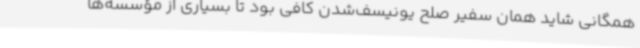
همگانی شاید همان سفیر صلح یونیسف‌شدن کافی بود تا بسیاری از مؤسسه‌ها